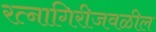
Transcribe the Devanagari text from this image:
रत्‍नागिरीजवळील